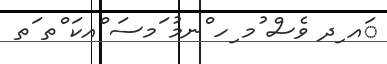
ައ ިދ ވެސް ުމ ިހ ްނމު ަމސަ ްއކަ ްތ ަތ